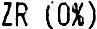
ZR (0%)